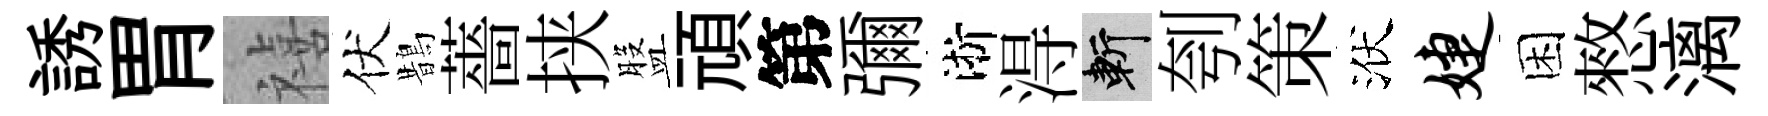
誘胃禧伏鵲薔挟盤頑第彌淅淂斬刳策洑婕困憗漓